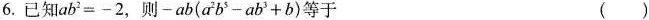
6.已知$$ab^2=-2$$,则$$-ab(a^2b^5-ab^3+b)$$等于 ( )